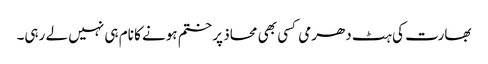
بھارت کی ہٹ دھرمی کسی بھی محاذ پر ختم ہونے کا نام ہی نہیں لے رہی۔